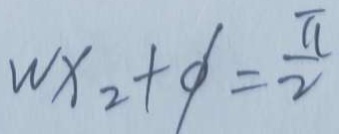
w x _ { 2 } + \phi = \frac { \pi } { 2 }